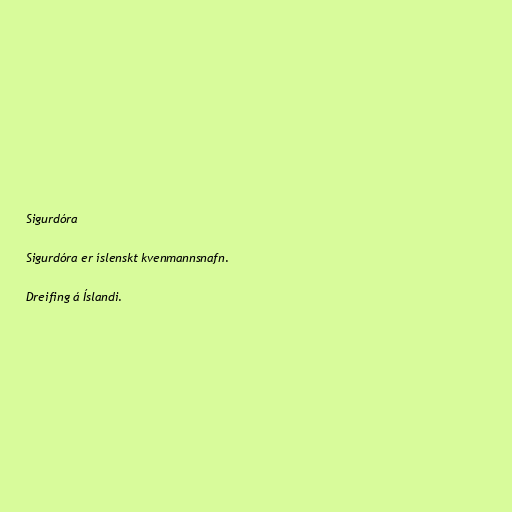
Sigurdóra

Sigurdóra er íslenskt kvenmannsnafn.

Dreifing á Íslandi.